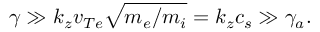
\gamma \gg k _ { z } v _ { T e } \sqrt { m _ { e } / m _ { i } } = k _ { z } c _ { s } \gg \gamma _ { a } .